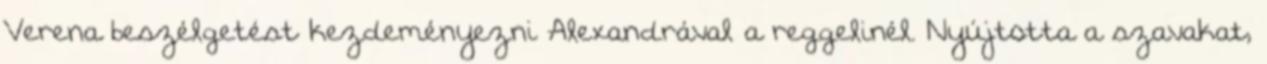
Verena beszélgetést kezdeményezni Alexandrával a reggelinél. Nyújtotta a szavakat,